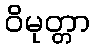
ဝိမုတ္တာ